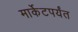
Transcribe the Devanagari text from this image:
मार्केटपर्यंत